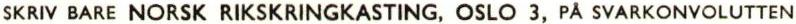
SKRIV BARE NORSK RIKSKRINGKASTING, OSLO 3, PÅ SVARKONYOLUTTEN